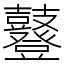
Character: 鼟